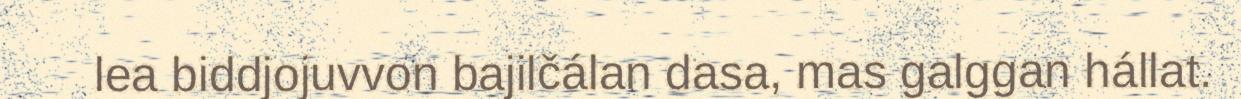
lea biddjojuvvon bajilčálan dasa, mas galggan hállat.